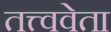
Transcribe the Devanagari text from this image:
तत्त्ववेता